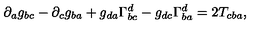
\partial _ { a } g _ { b c } - \partial _ { c } g _ { b a } + g _ { d a } \Gamma _ { b c } ^ { d } - g _ { d c } \Gamma _ { b a } ^ { d } = 2 T _ { c b a } ,